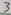
Text: 3